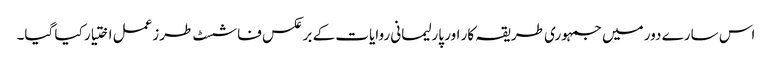
اس سارے دور میں جمہوری طریقہ کار اور پارلیمانی روایات کے برعکس فاشسٹ طرزعمل اختیار کیا گیا۔